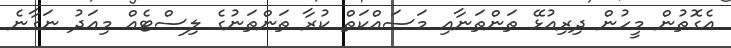
އެގޮތުން މީހުން ދިރިއުޅޭ ތަންތަނާއި މަސައްކަތް ކުރާ ތަންތަނުގެ ލިސްޓެއް މިއަދު ނަގާނެ